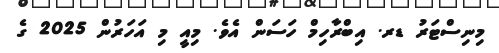
މިނިސްޓަރު ޑރ. އިބްރާހިމް ހަސަން އެވެ. މިއީ މި އަހަރުން 2025 ގެ